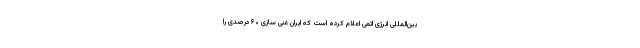
بین‌المللی انرژی اتمی اعلام کرده است که ایران غنی سازی ۶۰ درصدی را